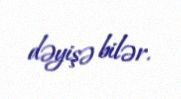
dəyişə bilər.